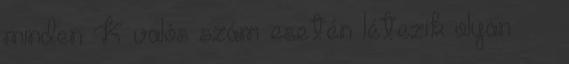
minden K valós szám esetén létezik olyan δ ε